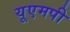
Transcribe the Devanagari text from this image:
यूएमपी